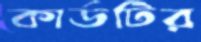
কার্ডটির